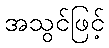
အသွင်ဖြင့်